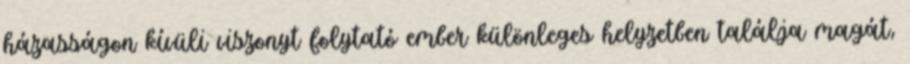
házasságon kívüli viszonyt folytató ember különleges helyzetben találja magát,